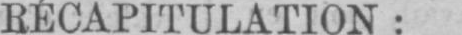
RÉCAPITULATION: